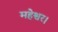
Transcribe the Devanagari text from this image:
महेश्वर।